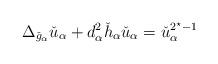
LaTeX: \begin{align*}\Delta_{\check{g}_\alpha} \check{u}_\alpha +d_\alpha^2 \check{h}_\alpha \check{u}_\alpha =\check{u}_\alpha^{2^\star-1}\end{align*}